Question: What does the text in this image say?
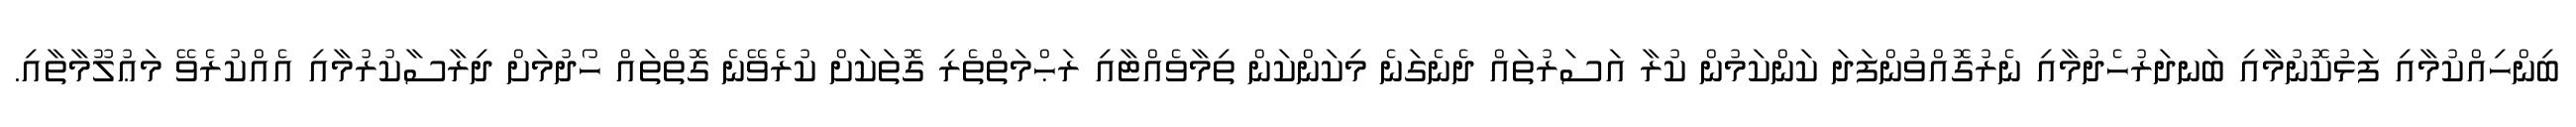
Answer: ބިންހިއްކުމާއި ފަޅުކޮނުމާއި ބަނދަރުހެދުމާއި ނެރުގޮއްވުންފަދަ ކަންކަމުން ކުރާ އަސަރުތައް ދެނެގަނެ މިކަންކަން ތިމާވެއްޓާއި ރަޙްމަތްތެރި ގޮތަކަށް ކުރެވޭނެ ގޮތްތައް ހޯދުމަށް ދިރާސާކުރުމާއި އެއްކުރެވޭ މަޢުލޫމާތާއި.